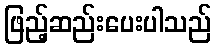
ဖြည့်ဆည်းပေးပါသည်